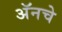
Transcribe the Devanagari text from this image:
अॅनचे